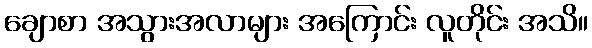
ချောစာ အသွားအလာများ အကြောင်း လူတိုင်း အသိ။